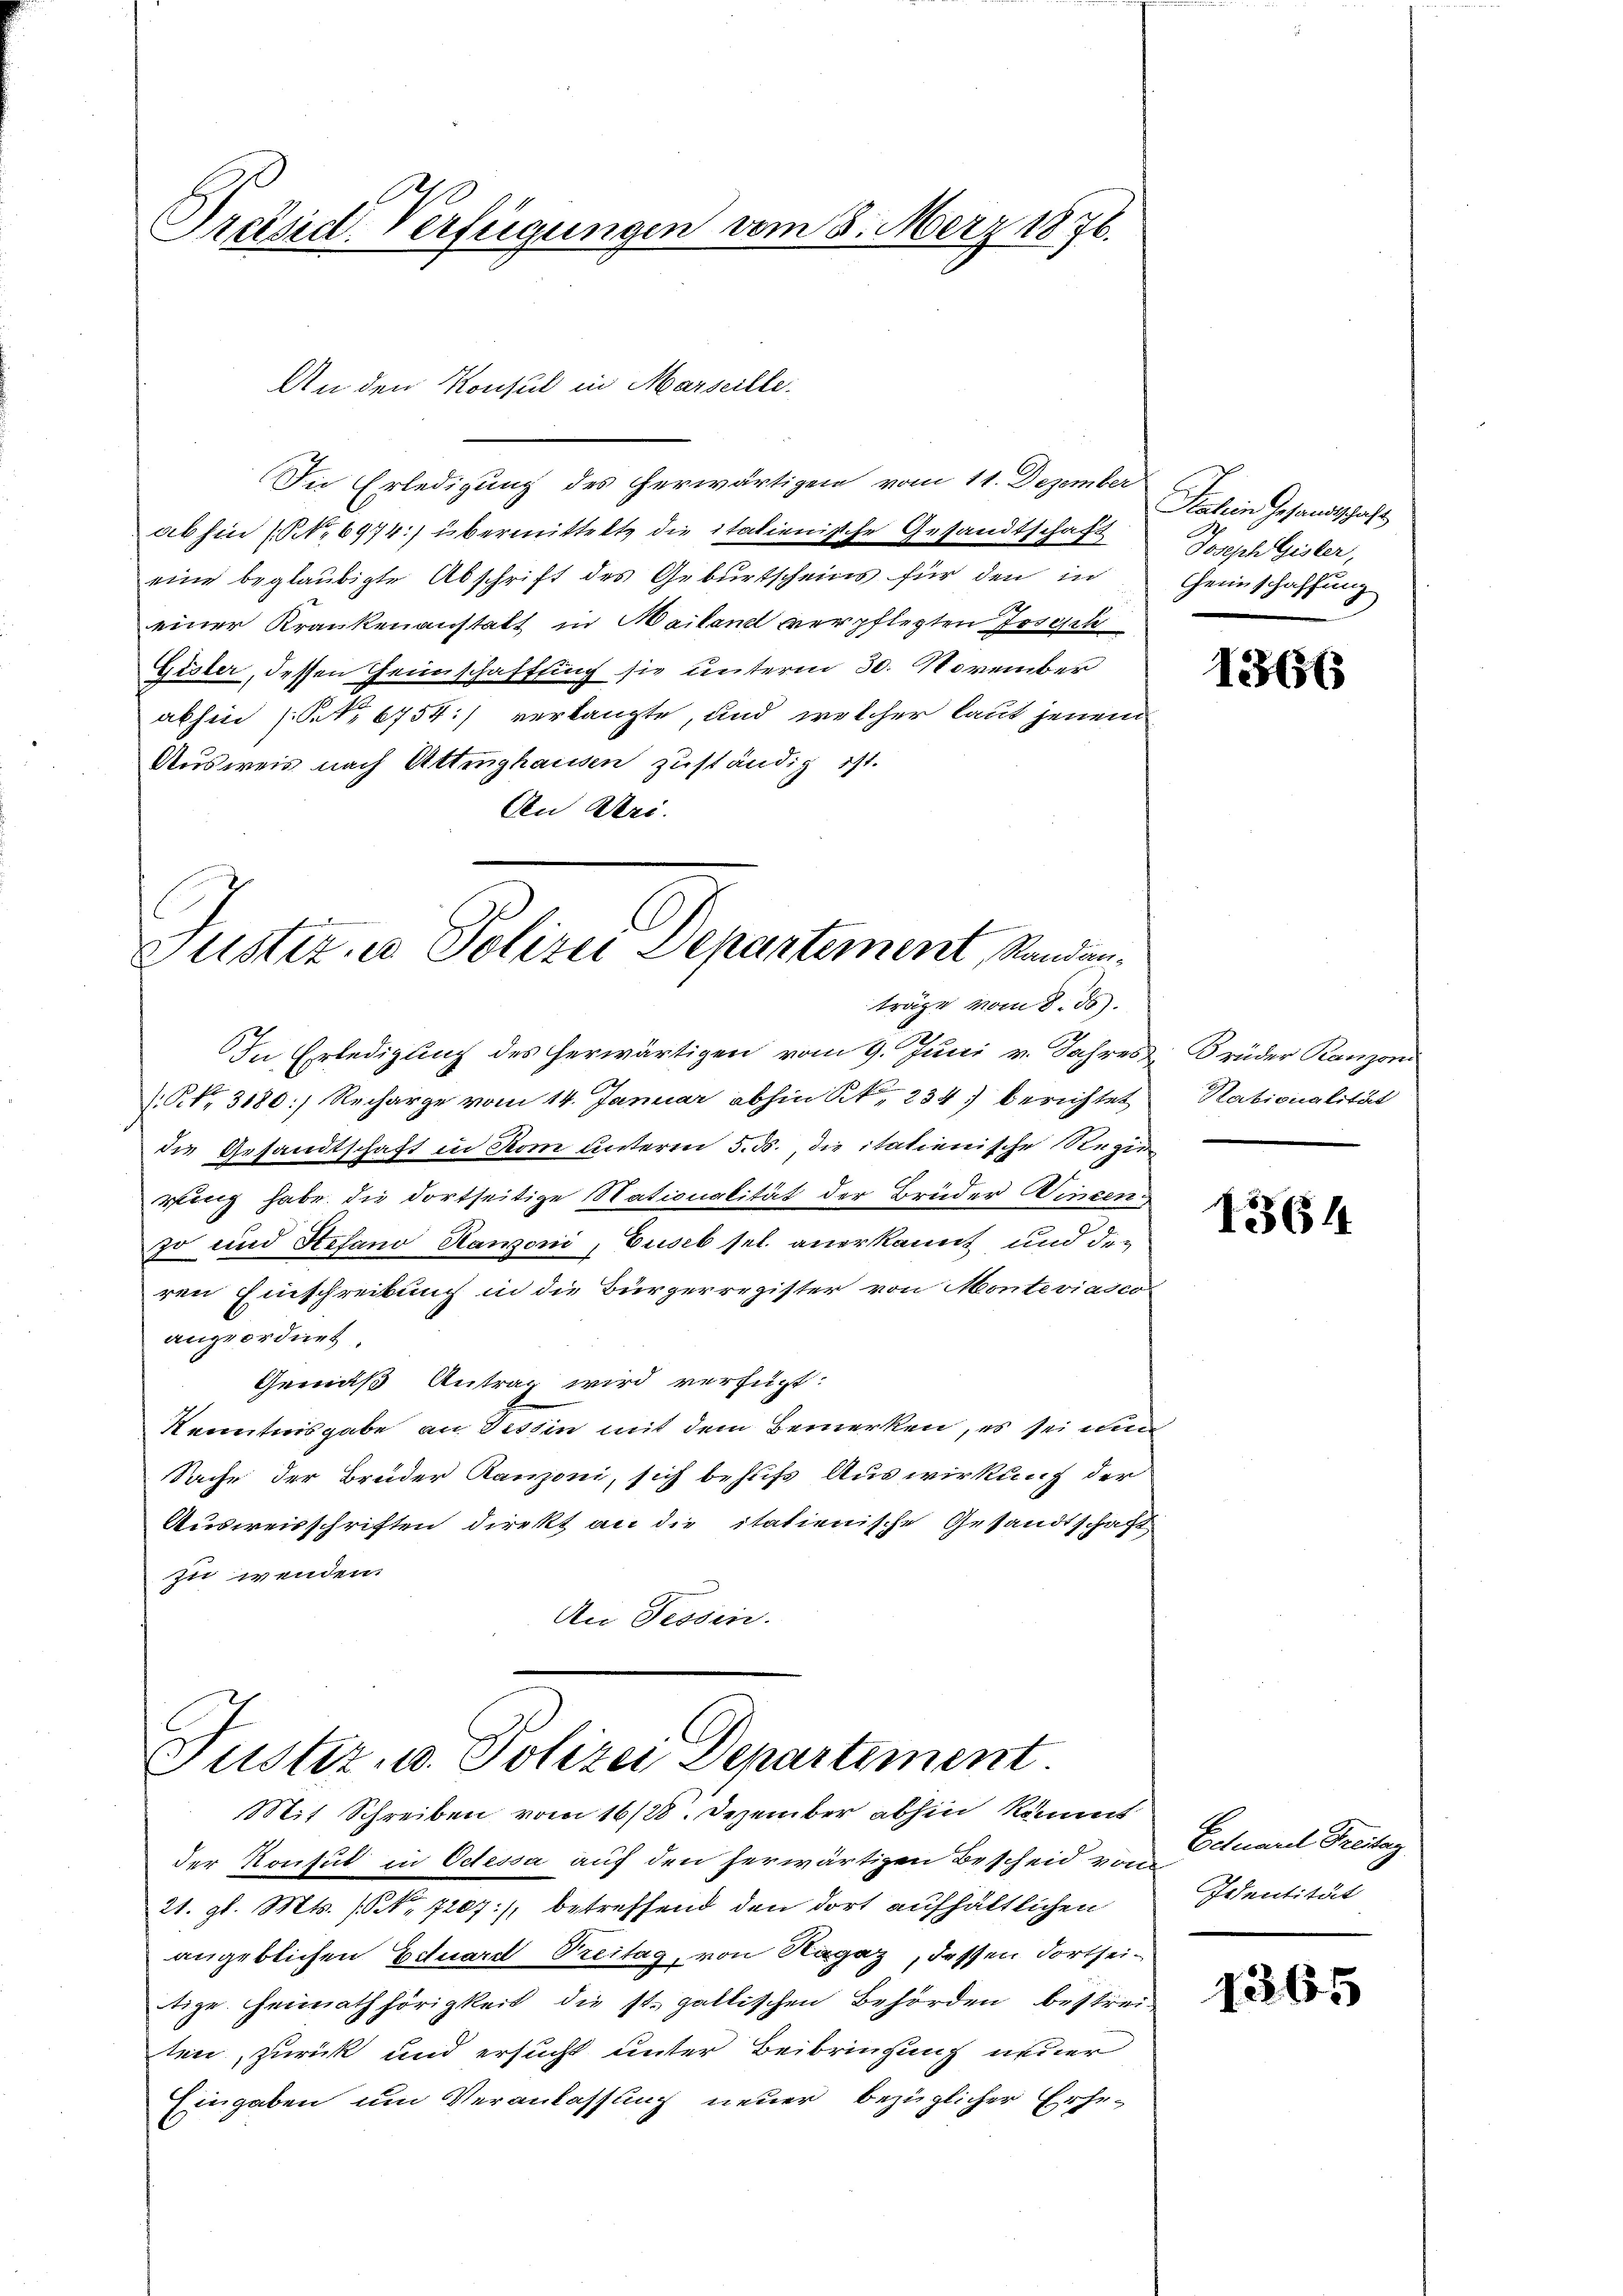
Präsid. Verfügungen vom 8. März 1876.

An den Konsul in Marseille.
Sne Erledigung des herwärtigen vom 11. Dezember
ab hin (N. 6974:) übermittelte die italienische Gesandtschaft
eine beglaubigte Abschrift des Geburtscheins für den in
einer Krankenanstatt in Mailand verpflegten Josephi
Eister, dessen Geinschaftung sie unterm 30. November
abhin (S. 6754) verlangte, und welcher laut jenem
Ausweis nach Uttinghausen zuständig ist.
An Mei

Justiz in Polizei Departement, Standan¬

träge vom 8. ds.
In Erledigung des herwärtigen vom 9. Juni v. Jahres
.P. Nr. 3180] Recharge vom 14. Januar abhin S. 234. berichtet
die Gesandtschaft in Rom unteren 5. ds., die italienische Regie
rling habe, die dortseitige Nationalität der Brüder Wincenso und Stefano Hawoni, Euseb sel. anerkannt und die
ren Einschreibung in die Bürgerregister von Monteviasco
angeordnet.
Gemäß Antrag wird verfügt:
Kenntnisgabe an Tessin mit dem Bemerken, es sei nu
Sache der Bruder Kanzoni, sich behufs Auswirkung der
Ausweisschriften direkt an die itatienische Gesandtschaft
zu wenden.
An Tessin.

C
Justiz u. Polizei Departiment.
Mit Schreiben vom 16/28. Dezember abhin kommt

Salein Gesandtschaft
Joseph Gisler,
Heinschaffung

der Konsul in Odessa auf den herwärtigen Bescheid von
21. gl. Mts. (Nr. 7207:/, betreffend den dort aufhältlichen
angeblichen Eduard Treitag, von Ragaz, dessen dortheitige. Heimathörigkeit die st. gallischen Behörden bestreiten, zurück und ersucht unter Beibringung neuer
Eingaben um Veranlassung neuer bezüglicher Erhe¬

1366

Brüder Ranzoni
Nationalität

1364

Eduard Freitag
Identität

1265